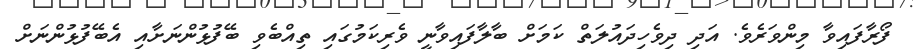
ފޯރާފައިވާ މިންވަރެވެ. އަދި ދިވެހިދައުލަތް ކަމަށް ބާލާފައިވާނީ ވެރިކަމުގައި ތިއްބެވި ބޭފުޅުންނަށާއި އެބޭފުޅުންނަށް